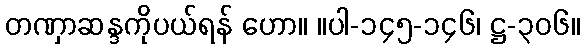
တဏှာဆန္ဒကိုပယ်ရန် ဟော။ ။ပါ-၁၄၅-၁၄၆၊ ဋ္ဌ-၃၀၆။